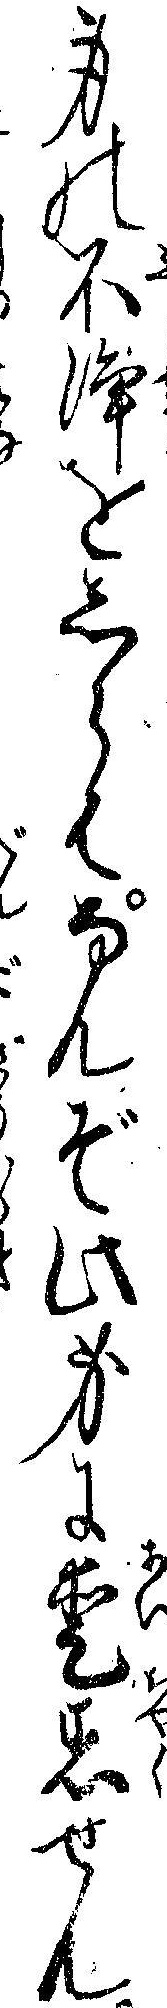
身の不浄をしらはなんぞ此身に愛着せん